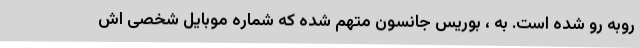
روبه رو شده است. به ، بوریس جانسون متهم شده که شماره موبایل شخصی اش